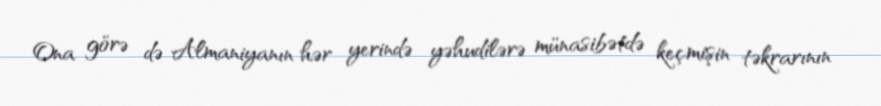
Ona görə də Almaniyanın hər yerində yəhudilərə münasibətdə keçmişin təkrarının